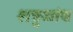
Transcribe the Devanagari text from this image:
शत्रुज्जंय